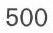
500